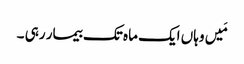
مَیں وہاں ایک ماہ تک بیمار رہی ۔